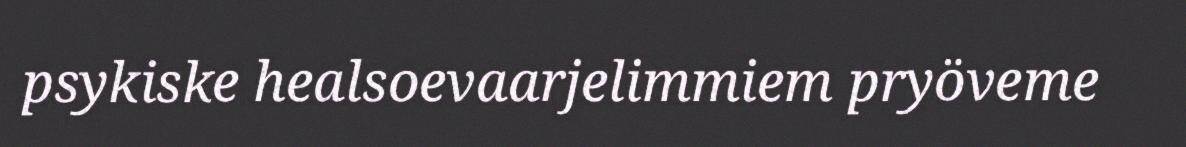
psykiske healsoevaarjelimmiem pryöveme